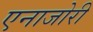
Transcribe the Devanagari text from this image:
एनाजोरी